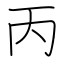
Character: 丙